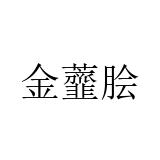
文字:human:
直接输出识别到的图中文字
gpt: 金虀脍